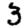
Digit: 3